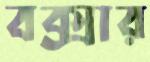
বক্সার